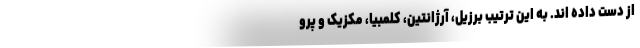
از دست داده اند. به این ترتیب برزیل، آرژانتین، کلمبیا، مکزیک و پرو